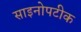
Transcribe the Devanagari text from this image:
साइनोपटीक